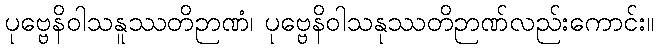
ပုဗ္ဗေနိဝါသနူဿတိဉာဏံ၊ ပုဗ္ဗေနိဝါသနုဿတိဉာဏ်လည်းကောင်း။